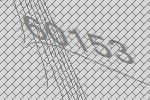
60153